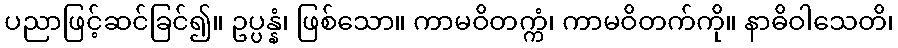
ပညာဖြင့်ဆင်ခြင်၍။ ဥပ္ပန္နံ၊ ဖြစ်သော။ ကာမဝိတက္ကံ၊ ကာမဝိတက်ကို။ နာဓိဝါသေတိ၊